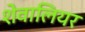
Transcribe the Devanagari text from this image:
शेवालियर